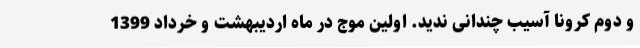
و دوم کرونا آسیب چندانی ندید. اولین موج در ماه اردیبهشت و خرداد 1399